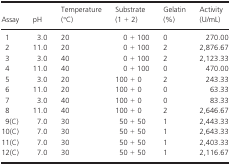
| Assay | pH | Temperature (°C) | Substrate (1 + 2) | Gelatin (%) | Activity (U/mL) |
 | --- | --- | --- | --- | --- | --- |
 | 1 | 3.0 | 20 | 0 + 100 | 0 | 270.00 |
 | 2 | 11.0 | 20 | 0 + 100 | 2 | 2,876.67 |
 | 3 | 3.0 | 40 | 0 + 100 | 2 | 2,123.33 |
 | 4 | 11.0 | 40 | 0 + 100 | 0 | 470.00 |
 | 5 | 3.0 | 20 | 100 + 0 | 2 | 243.33 |
 | 6 | 11.0 | 20 | 100 + 0 | 0 | 63.33 |
 | 7 | 3.0 | 40 | 100 + 0 | 0 | 83.33 |
 | 8 | 11.0 | 40 | 100 + 0 | 2 | 2,646.67 |
 | 9(C) | 7.0 | 30 | 50 + 50 | 1 | 2,443.33 |
 | 10(C) | 7.0 | 30 | 50 + 50 | 1 | 2,643.33 |
 | 11(C) | 7.0 | 30 | 50 + 50 | 1 | 2,403.33 |
 | 12(C) | 7.0 | 30 | 50 + 50 | 1 | 2,116.67 |